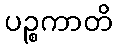
ပဉ္စကာတိ